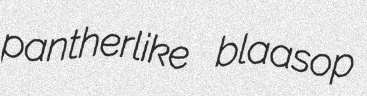
pantherlike blaasop